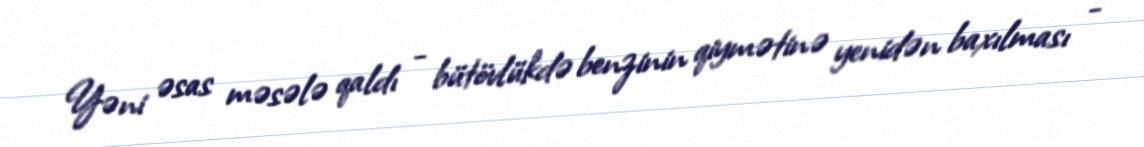
Yəni əsas məsələ qaldı - bütövlükdə benzinin qiymətinə yenidən baxılması -